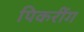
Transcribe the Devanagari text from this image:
पिकरींग